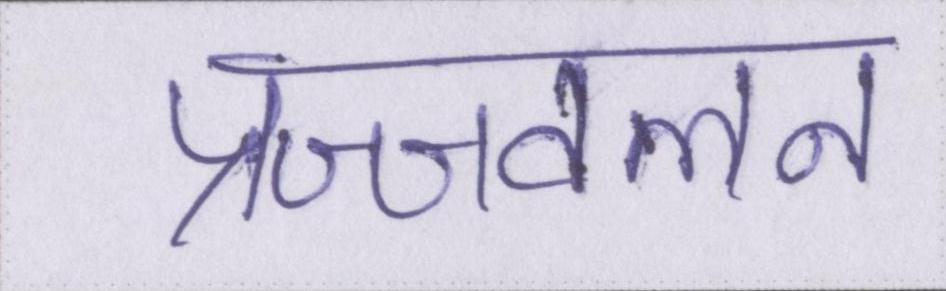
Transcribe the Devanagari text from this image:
प्रज्ज्वलन